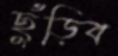
ছুঁড়িব